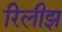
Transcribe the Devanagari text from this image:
रिलीझ